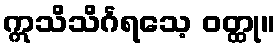
ဣသိသိင်္ဂရသေ့ ဝတ္ထု။